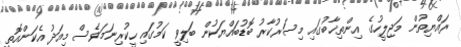
ރައްޔިތުން މަޖިލީހުގެ އިންތިޚާބުގައި މިސަރުކާރު ބޮޑުބައްޔަކުން ބަލިވީ ކަމުގައި ހީކުރިނަމަވެސް މިއަދު އެކަންއޮތީ